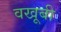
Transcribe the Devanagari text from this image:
वखूबी